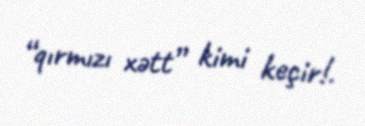
“qırmızı xətt” kimi keçir!.